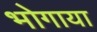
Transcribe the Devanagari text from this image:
भोगाया